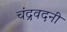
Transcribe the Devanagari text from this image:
चंद्रवदनी